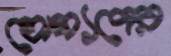
যোগ্যদের